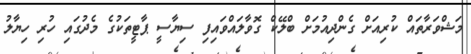
މަޝްވަރާތައް ކުރިއަށް ގެންދިއުމަށް ބްލޭކް ގޮވާލައްވައިފި ސިޔާސީ ޕާޓީތަކުގެ މެދުގައި ހުރި ހިޔާލު